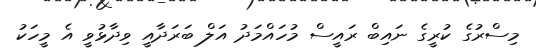
މިސްރުގެ ކުރީގެ ނައިބް ރައީސް މުހައްމަދު އަލް ބަރަދާއީ ވިދާޅުވީ އެ މީހަކު